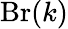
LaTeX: \operatorname{Br}(k)